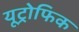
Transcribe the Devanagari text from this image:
यूट्रोफिक